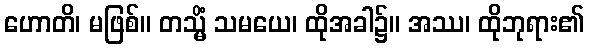
ဟောတိ၊ မဖြစ်။ တသ္မိံ သမယေ၊ ထိုအခါ၌။ အဿ၊ ထိုဘုရား၏